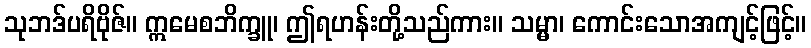
သုဘဒ်ပရိဗိုဇ်။ ဣမေစဘိက္ခူ၊ ဤရဟန်းတို့သည်ကား။ သမ္မာ၊ ကောင်းသောအကျင့်ဖြင့်။